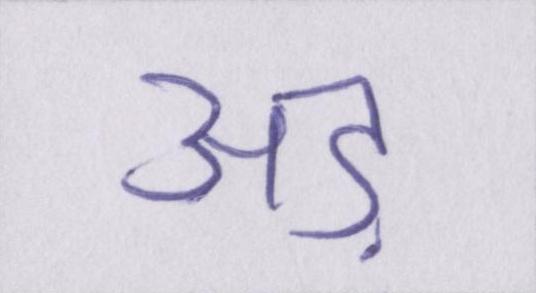
अड़